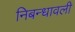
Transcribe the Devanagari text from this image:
निबन्‍धावली